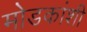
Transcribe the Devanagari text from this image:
मोडकांशी